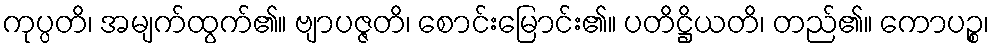
ကုပ္ပတိ၊ အမျက်ထွက်၏။ ဗျာပဇ္ဇတိ၊ စောင်းမြောင်း၏။ ပတိဋ္ဌိယတိ၊ တည်၏။ ကောပဉ္စ၊